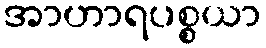
အာဟာရပစ္စယာ